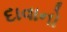
દાવાનો